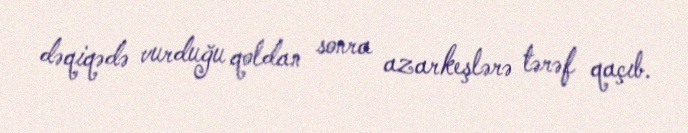
dəqiqədə vurduğu qoldan sonra azarkeşlərə tərəf qaçıb.